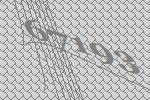
67193